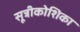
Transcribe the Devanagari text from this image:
सूत्रीकोशिका